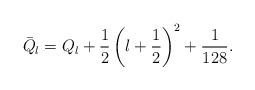
LaTeX: \begin{align*}\bar{Q}_l=Q_l+\frac{1}{2}\left(l+\frac{1}{2}\right)^2+\frac{1}{128}.\end{align*}